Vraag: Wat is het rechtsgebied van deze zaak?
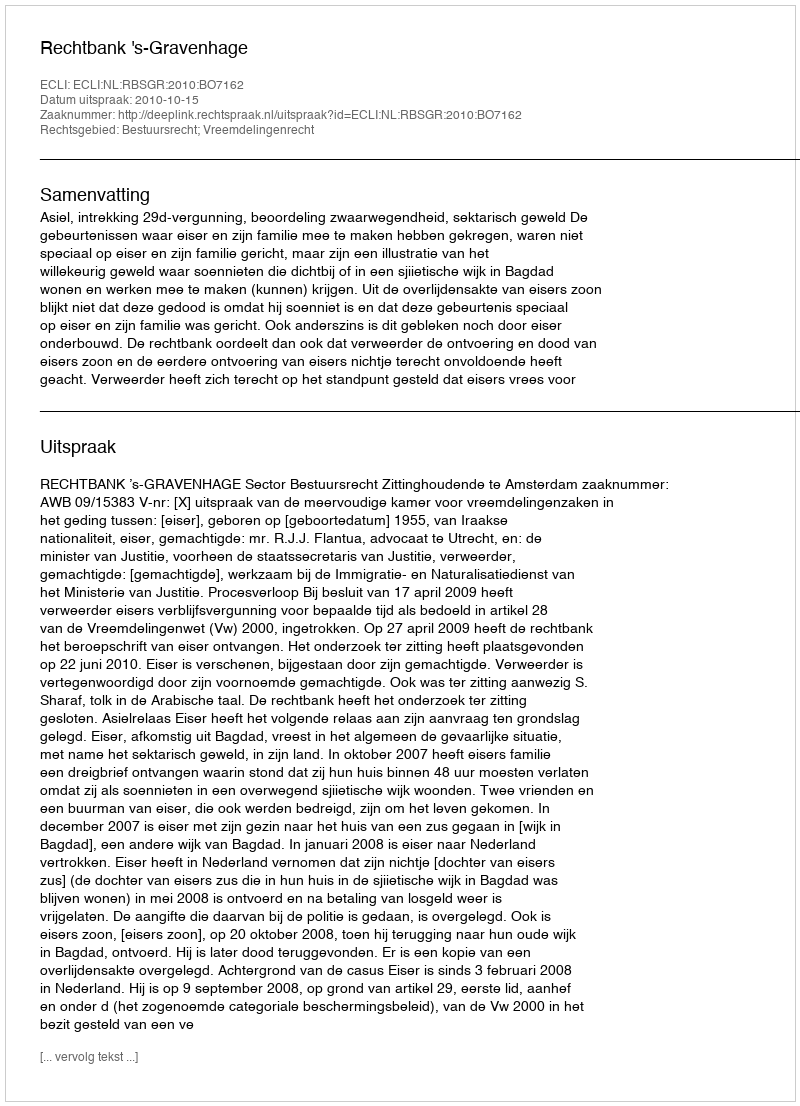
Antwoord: Bestuursrecht; Vreemdelingenrecht